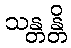
သန္တန္တိ